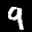
Label: 9